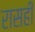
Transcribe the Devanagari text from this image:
रासही